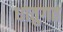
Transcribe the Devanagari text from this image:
धातुगत